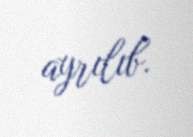
ayrılıb.